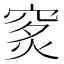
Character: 𥥿